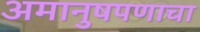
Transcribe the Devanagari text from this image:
अमानुषपणाचा